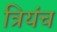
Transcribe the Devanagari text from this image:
त्रियंच